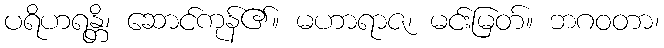
ပရိဟရန္တိ၊ ဆောင်ကုန်၏။ မဟာရာဇ၊ မင်းမြတ်။ ဘဂဝတာ၊